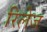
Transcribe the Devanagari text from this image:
रिलेज